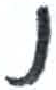
אות: נ